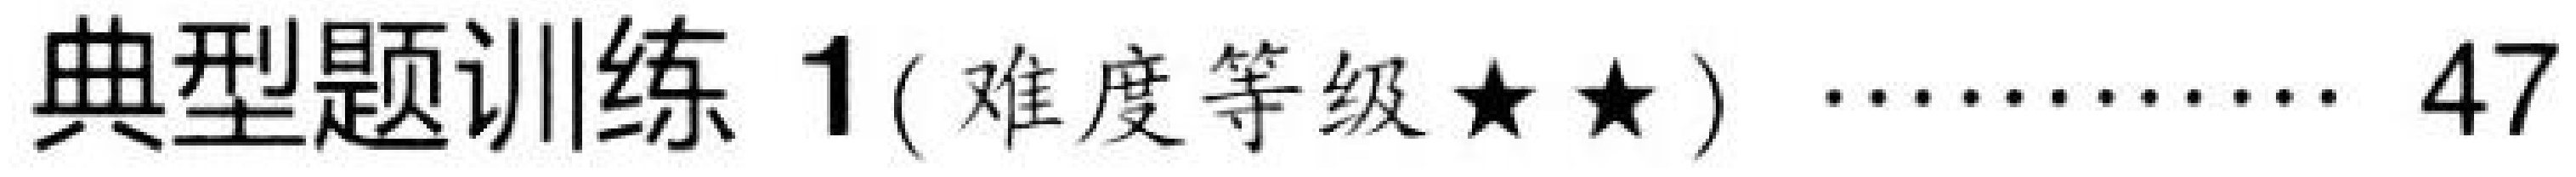
典型题训练1( 难度等级★★) \(\cdots\cdots\) 47